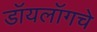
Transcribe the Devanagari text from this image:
डॉयलॉगचे